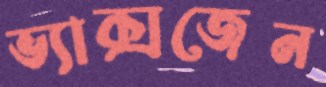
ভ্যাক্সজেন